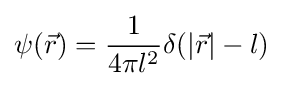
\psi ({\vec {r}})={\frac {1}{4\pi l^{2}}}\delta (\left|{\vec {r}}\right\vert -l)